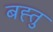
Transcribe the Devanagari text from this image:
बह्तु